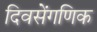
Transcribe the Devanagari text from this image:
दिवसेंगणिक